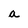
Character: a